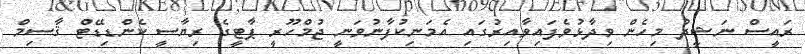
ރައީސް ނަޝީދު މިހެން ވިދާޅުވެފައިވާއިރުގައި އެމަނިކުފާނުވަނީ ޖުމްހޫރީ ޕާޓީގެ ރިޔާސީ ކެންޑިޑޭޓް ޤާސިމް